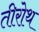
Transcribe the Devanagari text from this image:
तीरोथ